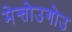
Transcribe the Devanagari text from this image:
मेन्तोउगोउ